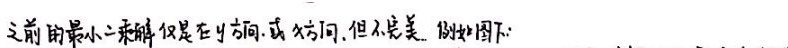
之前的最小二乘解仅是在 \(y\) 方向, 或 \(x\) 方向, 但不完美. 做图如下: